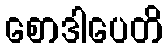
စောဒါပေတိ